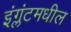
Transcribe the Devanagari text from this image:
इंग्लंटमधील